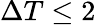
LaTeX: \Delta T\le 2